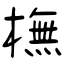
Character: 橅